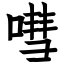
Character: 嘒